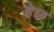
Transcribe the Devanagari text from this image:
हेछ